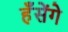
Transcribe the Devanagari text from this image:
हँसेंगे